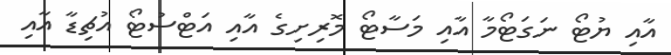
އާއި ޔުޓޯ ނަގަޓޯމާ އާއި މަސާޓޯ މޮރިށިގެ އާއި އަޓްސުޓޯ އުޗިޑާ އާއި